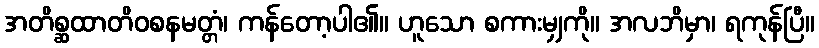
အတိစ္ဆထာတိဝစနမတ္တံ၊ ကန်တော့ပါ၏။ ဟူသော စကားမျှကို။ အလဘိမှာ၊ ရကုန်ပြီ။